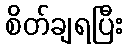
စိတ်ချရပြီး